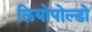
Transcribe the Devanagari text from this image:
लियोपोल्डो